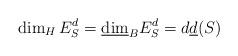
LaTeX: \begin{align*}\dim_HE_S^d=\underline{\dim}_BE_S^d=d\underline{d}(S)\end{align*}